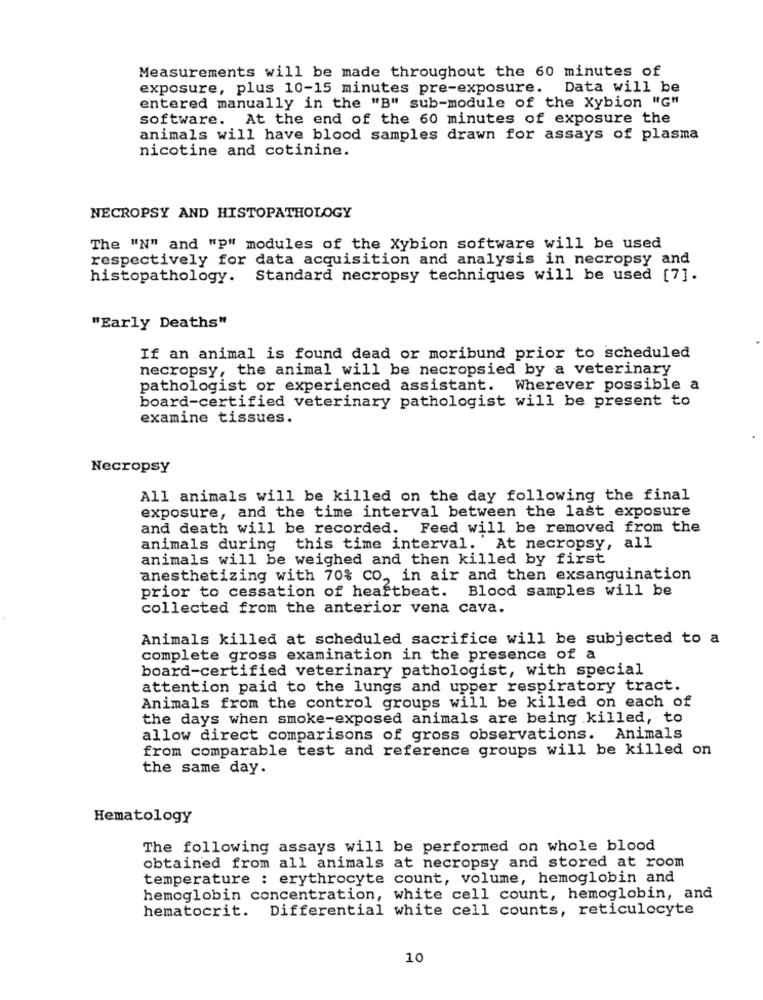
Measurements will be made throughout the 60 minutes of
exposure, plus 10-15 minutes pre-exposure. Data will be
entered manually in the "B" sub-module of the Xybion "G"
software. At the end of the 60 minutes of exposure the
animals will have blood samples drawn for assays of plasma
nicotine and cotinine.
NECROPSY AND HISTOPATHOLOGY
The "N" and "p" modules of the Xybion software will be used
respectively for data acquisition and analysis in necropsy and
histopathology. Standard necropsy techniques will be used [7].
"Early Deaths"
If an animal is found dead or moribund prior to scheduled
necropsy, the animal will be necropsied by a veterinary
pathologist or experienced assistant. Wherever possible a
board-certified veterinary pathologist will be present to
examine tissues.
Necropsy
All animals will be killed on the day following the final
exposure, and the time interval between the last exposure
and death will be recorded. Feed will be removed from the
animals during this time interval. At necropsy, all
animals will be weighed and then killed by first
anesthetizing with 70% CO, in air and then exsanguination
prior to cessation of heartbeat. Blood samples will be
collected from the anterior vena cava.
Animals killed at scheduled sacrifice will be subjected to a
complete gross examination in the presence of a
board-certified veterinary pathologist, with special
attention paid to the lungs and upper respiratory tract.
Animals from the control groups will be killed on each of
the days when smoke-exposed animals are being killed, to
allow direct comparisons of gross observations. Animals
from comparable test and reference groups will be killed on
the same day.
Hematology
The following assays will be performed on whole blood
obtained from all animals at necropsy and stored at room
temperature : erythrocyte count, volume, hemoglobin and
hemoglobin concentration, white cell count, hemoglobin, and
hematocrit. Differential white cell counts, reticulocyte
10